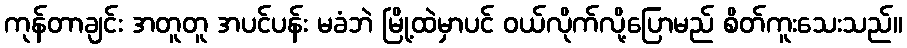
ကုန်တာချင်း အတူတူ အပင်ပန်း မခံဘဲ မြို့ထဲမှာပင် ဝယ်လိုက်လို့ပြောမည် စိတ်ကူးသေးသည်။